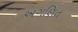
અગણિત